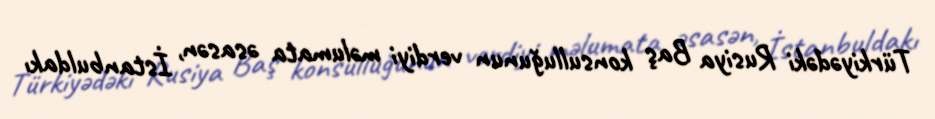
Türkiyədəki Rusiya Baş konsulluğunun verdiyi məlumata əsasən, İstanbuldakı